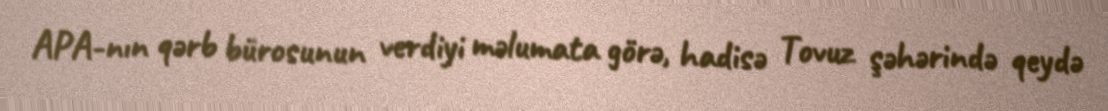
APA-nın qərb bürosunun verdiyi məlumata görə, hadisə Tovuz şəhərində qeydə